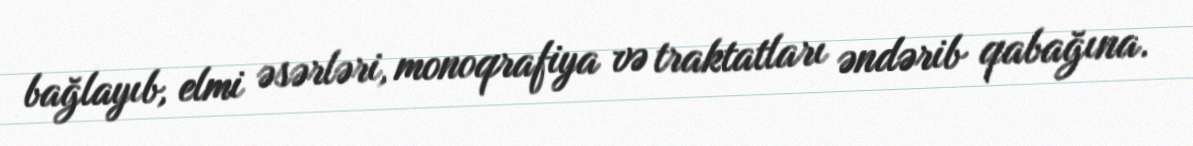
bağlayıb, elmi əsərləri, monoqrafiya və traktatları əndərib qabağına.